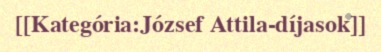
[[Kategória:József Attila-díjasok]]